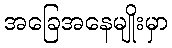
အခြေအနေမျိုးမှာ